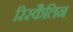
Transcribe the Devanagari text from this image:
रिस्कैलिन